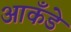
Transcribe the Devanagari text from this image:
आकँडे